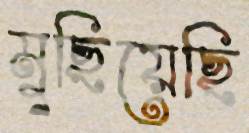
মুছিয়েছি